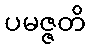
ပမဇ္ဇတိ